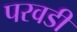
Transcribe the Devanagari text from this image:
परवडी